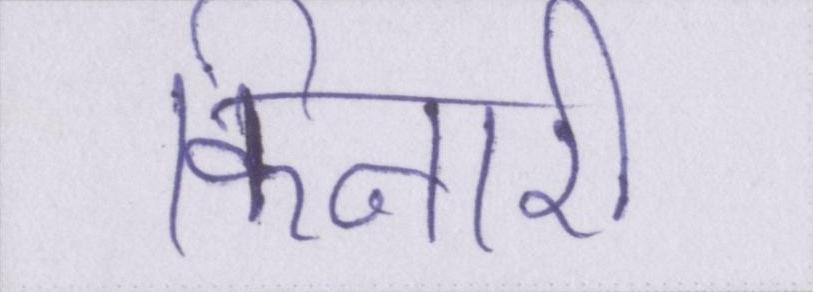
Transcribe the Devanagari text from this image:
किनारी